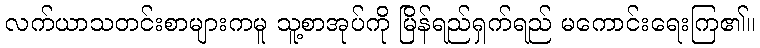
လက်ယာသတင်းစာများကမူ သူ့စာအုပ်ကို မြိန်ရည်ရှက်ရည် မကောင်းရေးကြ၏။